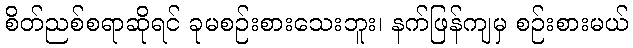
စိတ်ညစ်စရာဆိုရင် ခုမစဉ်းစားသေးဘူး၊ နက်ဖြန်ကျမှ စဉ်းစားမယ်